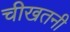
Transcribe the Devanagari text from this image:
चीखतनी